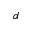
d